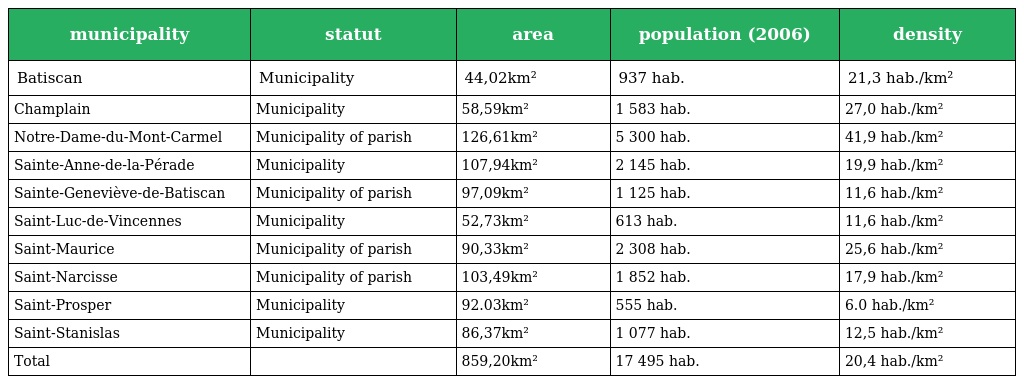
| municipality | statut | area | population (2006) | density |
 | --- | --- | --- | --- | --- |
 | Batiscan | Municipality | 44,02km² | 937 hab. | 21,3 hab./km² |
 | Champlain | Municipality | 58,59km² | 1 583 hab. | 27,0 hab./km² |
 | Notre-Dame-du-Mont-Carmel | Municipality of parish | 126,61km² | 5 300 hab. | 41,9 hab./km² |
 | Sainte-Anne-de-la-Pérade | Municipality | 107,94km² | 2 145 hab. | 19,9 hab./km² |
 | Sainte-Geneviève-de-Batiscan | Municipality of parish | 97,09km² | 1 125 hab. | 11,6 hab./km² |
 | Saint-Luc-de-Vincennes | Municipality | 52,73km² | 613 hab. | 11,6 hab./km² |
 | Saint-Maurice | Municipality of parish | 90,33km² | 2 308 hab. | 25,6 hab./km² |
 | Saint-Narcisse | Municipality of parish | 103,49km² | 1 852 hab. | 17,9 hab./km² |
 | Saint-Prosper | Municipality | 92.03km² | 555 hab. | 6.0 hab./km² |
 | Saint-Stanislas | Municipality | 86,37km² | 1 077 hab. | 12,5 hab./km² |
 | Total |  | 859,20km² | 17 495 hab. | 20,4 hab./km² |